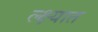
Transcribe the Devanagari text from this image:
ल्क्ष्यात